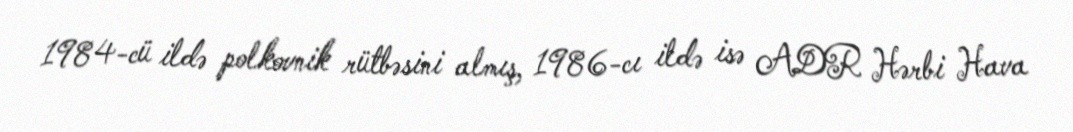
1984-cü ildə polkovnik rütbəsini almış, 1986-cı ildə isə ADR Hərbi Hava